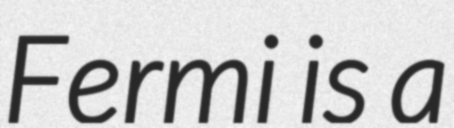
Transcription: Fermi is a